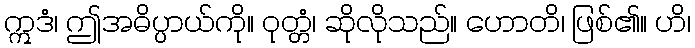
ဣဒံ၊ ဤအဓိပ္ပာယ်ကို။ ဝုတ္တံ၊ ဆိုလိုသည်။ ဟောတိ၊ ဖြစ်၏။ ဟိ၊